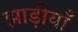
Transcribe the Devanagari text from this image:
झाड़ीयाँ